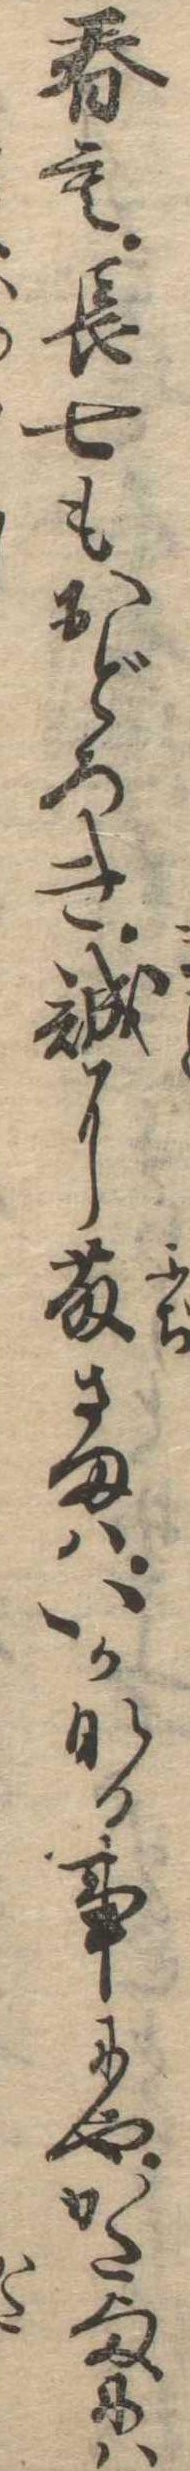
春も長七もおどろき誠に藤さまはいかなる事にやかた様には